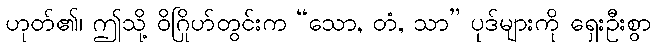
ဟုတ်၏၊ ဤသို့ ဝိဂြိုဟ်တွင်းက “သော, တံ, သာ” ပုဒ်များကို ရှေးဦးစွာ